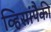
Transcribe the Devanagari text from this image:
व्हिसांपैकी